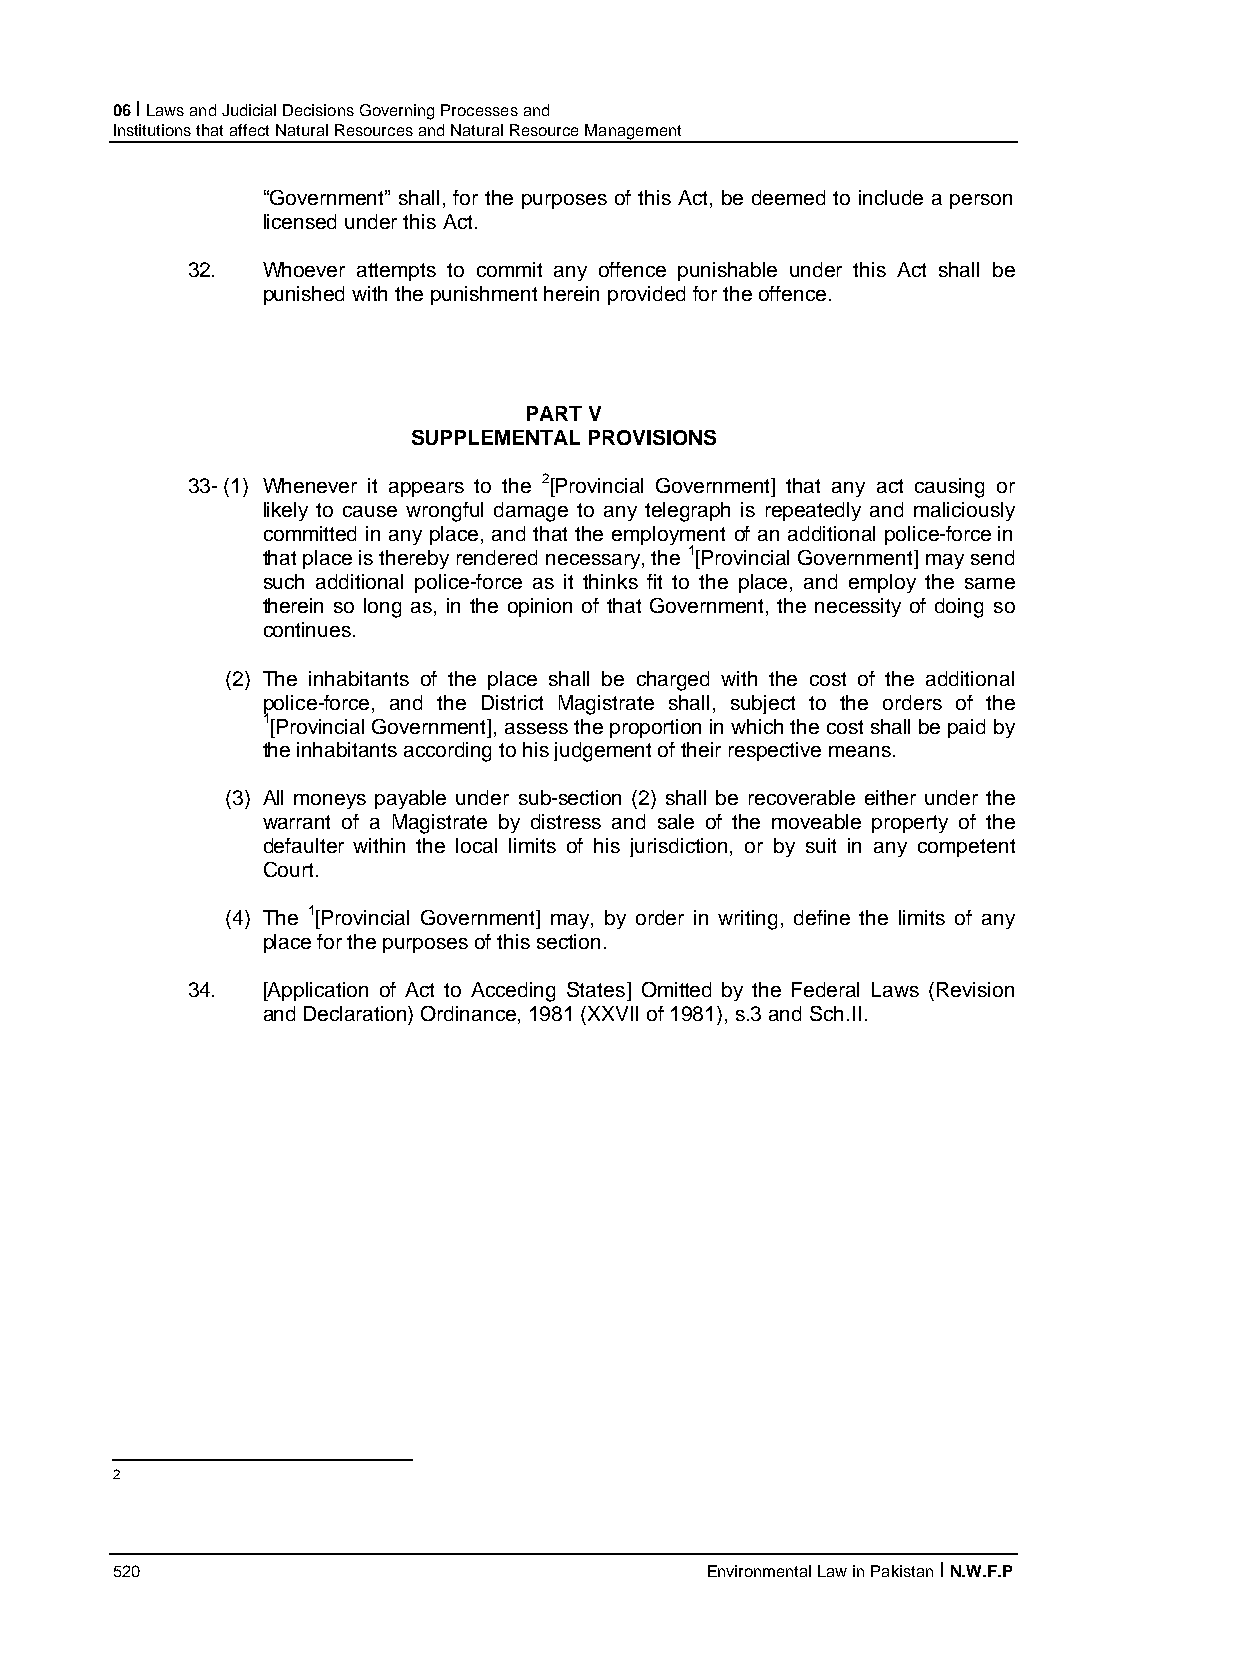
06 I Laws and Judicial Decisions Governing Processes and
 Institutions that affect Natural Resources and Natural Resource Management
 “Government” shall, for the purposes of this Act, be deemed to include a person
 licensed under this Act.
 32.  Whoever attempts to commit any offence punishable under this Act shall be
 punished with the punishment herein provided for the offence.
 PART V
 SUPPLEMENTAL PROVISIONS
 33- (1) Whenever it appears to the 2[Provincial Government] that any act causing or
 likely to cause wrongful damage to any telegraph is repeatedly and maliciously
 committed in any place, and that the employment of an additional police-force in
 that place is thereby rendered necessary, the 1[Provincial Government] may send
 such additional police-force as it thinks fit to the place, and employ the same
 therein so long as, in the opinion of that Government, the necessity of doing so
 continues.
 (2) The inhabitants of the place shall be charged with the cost of the additional
 police-force, and the District Magistrate shall, subject to the orders of the
 1[Provincial Government], assess the proportion in which the cost shall be paid by
 the inhabitants according to his judgement of their respective means.
 (3) All moneys payable under sub-section (2) shall be recoverable either under the
 warrant of a Magistrate by distress and sale of the moveable property of the
 defaulter within the local limits of his jurisdiction, or by suit in any competent
 Court.
 (4) The 1[Provincial Government] may, by order in writing, define the limits of any
 place for the purposes of this section.
 34.  [Application of Act to Acceding States] Omitted by the Federal Laws (Revision
 and Declaration) Ordinance, 1981 (XXVII of 1981), s.3 and Sch.II.
 2
 520                                     Environmental Law in Pakistan I N.W.F.P